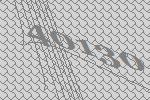
40130